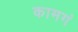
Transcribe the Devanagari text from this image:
कामगं